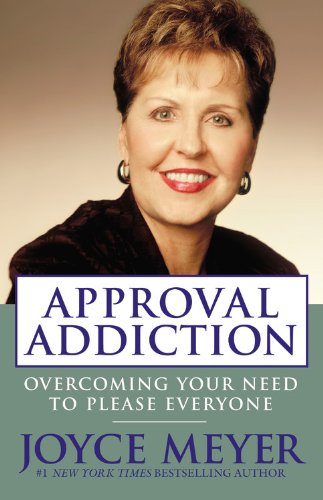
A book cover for Approval Addiction: Overcoming Your Need to Please Everyone; Joyce Meyer; Self-Help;